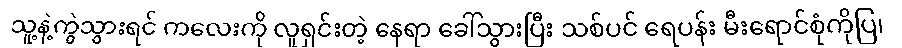
သူ့နဲ့ကွဲသွားရင် ကလေးကို လူရှင်းတဲ့ နေရာ ခေါ်သွားပြီး သစ်ပင် ရေပန်း မီးရောင်စုံကိုပြ၊